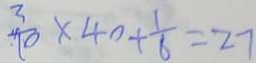
\frac { 3 } { 1 0 } \times 4 0 + \frac { 1 } { 6 } = 2 7